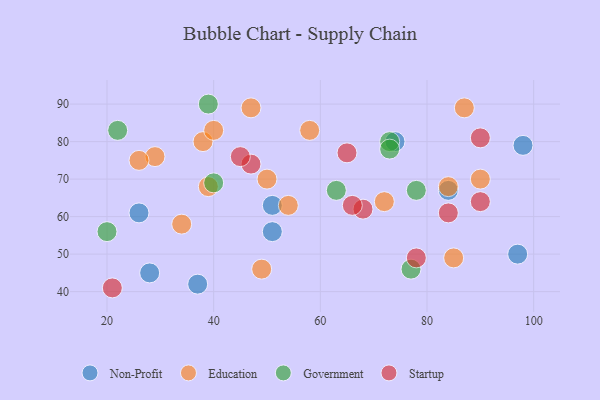
{"axis": {"x": "GDP", "y": "Life Expectancy"}, "legend": ["Education", "Government", "Non-Profit", "Startup"], "data": [{"x": "84", "y": 67, "type": "Non-Profit"}, {"x": "98", "y": 79, "type": "Non-Profit"}, {"x": "51", "y": 56, "type": "Non-Profit"}, {"x": "97", "y": 50, "type": "Non-Profit"}, {"x": "37", "y": 42, "type": "Non-Profit"}, {"x": "51", "y": 63, "type": "Non-Profit"}, {"x": "28", "y": 45, "type": "Non-Profit"}, {"x": "74", "y": 80, "type": "Non-Profit"}, {"x": "26", "y": 61, "type": "Non-Profit"}, {"x": "54", "y": 63, "type": "Education"}, {"x": "29", "y": 76, "type": "Education"}, {"x": "34", "y": 58, "type": "Education"}, {"x": "90", "y": 70, "type": "Education"}, {"x": "38", "y": 80, "type": "Education"}, {"x": "49", "y": 46, "type": "Education"}, {"x": "26", "y": 75, "type": "Education"}, {"x": "87", "y": 89, "type": "Education"}, {"x": "72", "y": 64, "type": "Education"}, {"x": "40", "y": 83, "type": "Education"}, {"x": "58", "y": 83, "type": "Education"}, {"x": "50", "y": 70, "type": "Education"}, {"x": "39", "y": 68, "type": "Education"}, {"x": "85", "y": 49, "type": "Education"}, {"x": "84", "y": 68, "type": "Education"}, {"x": "47", "y": 89, "type": "Education"}, {"x": "40", "y": 69, "type": "Government"}, {"x": "73", "y": 80, "type": "Government"}, {"x": "77", "y": 46, "type": "Government"}, {"x": "63", "y": 67, "type": "Government"}, {"x": "78", "y": 67, "type": "Government"}, {"x": "39", "y": 90, "type": "Government"}, {"x": "73", "y": 78, "type": "Government"}, {"x": "22", "y": 83, "type": "Government"}, {"x": "20", "y": 56, "type": "Government"}, {"x": "90", "y": 64, "type": "Startup"}, {"x": "90", "y": 81, "type": "Startup"}, {"x": "21", "y": 41, "type": "Startup"}, {"x": "47", "y": 74, "type": "Startup"}, {"x": "45", "y": 76, "type": "Startup"}, {"x": "78", "y": 49, "type": "Startup"}, {"x": "68", "y": 62, "type": "Startup"}, {"x": "84", "y": 61, "type": "Startup"}, {"x": "65", "y": 77, "type": "Startup"}, {"x": "66", "y": 63, "type": "Startup"}]}